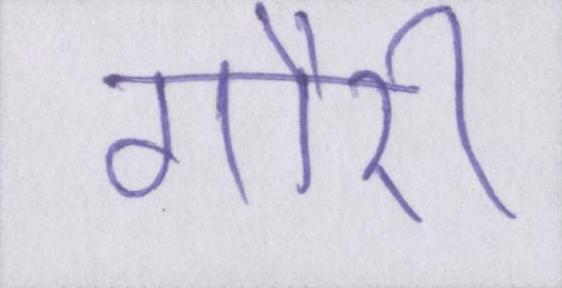
गौरी